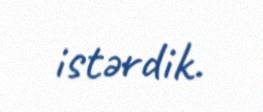
istərdik.